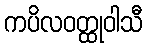
ကပိလဝတ္ထုဝါသီ